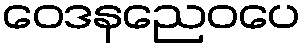
ဝေဒနညေဝပေ